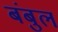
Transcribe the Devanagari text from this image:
बंबुल